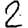
Digit: 2